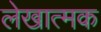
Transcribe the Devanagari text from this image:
लेखात्मक